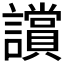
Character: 𧭢